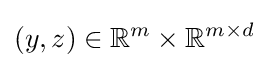
(y,z)\in \mathbb {R} ^{m}\times \mathbb {R} ^{m\times d}